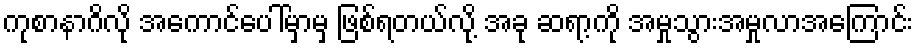
ကုစာနာဂိလို အကောင်ပေါ်မှာမှ ဖြစ်ရတယ်လို့ အခု ဆရာ့ကို အမှုသွားအမှုလာအကြောင်း